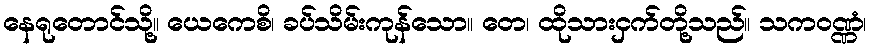
နေရုတောင်သို့။ ယေကေစိ၊ ခပ်သိမ်းကုန်သော။ တေ၊ ထိုသားငှက်တို့သည်။ သကဝဏ္ဏံ၊